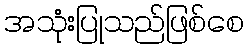
အသုံးပြုသည်ဖြစ်စေ